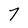
Character: 7